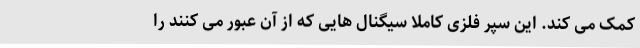
کمک می کند. این سپر فلزی کاملا سیگنال هایی که از آن عبور می کنند را